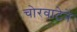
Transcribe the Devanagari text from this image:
चोरवाटेने